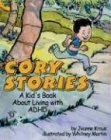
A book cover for Cory Stories: A Kid's Book About Living With Adhd; Jeanne Kraus; Health, Fitness & Dieting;